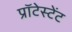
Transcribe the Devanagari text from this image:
प्रॉटेस्टेंट